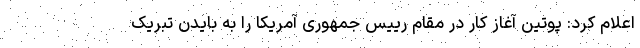
اعلام کرد: پوتین آغاز کار در مقام رییس جمهوری آمریکا را به بایدن تبریک